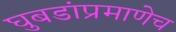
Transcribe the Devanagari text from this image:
घुबडांप्रमाणेच